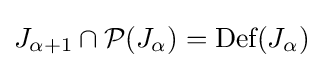
J_{\alpha +1}\cap {\mathcal {P}}(J_{\alpha })={\text{Def}}(J_{\alpha })